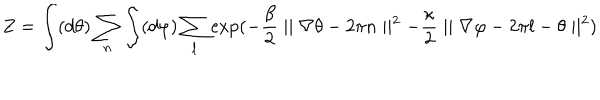
Z = \int ( d \theta ) \sum _ { n } \int ( d \varphi ) \sum _ { l } \exp ( - \frac { \beta } { 2 } \mid \mid \nabla \theta - 2 \pi n \mid \mid ^ { 2 } - \frac { \kappa } { 2 } \mid \mid \nabla \varphi - 2 \pi l - \theta \mid \mid ^ { 2 } )